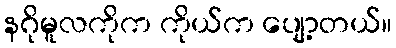
နဂိုမူလကိုက ကိုယ်က ပျော့တယ်။